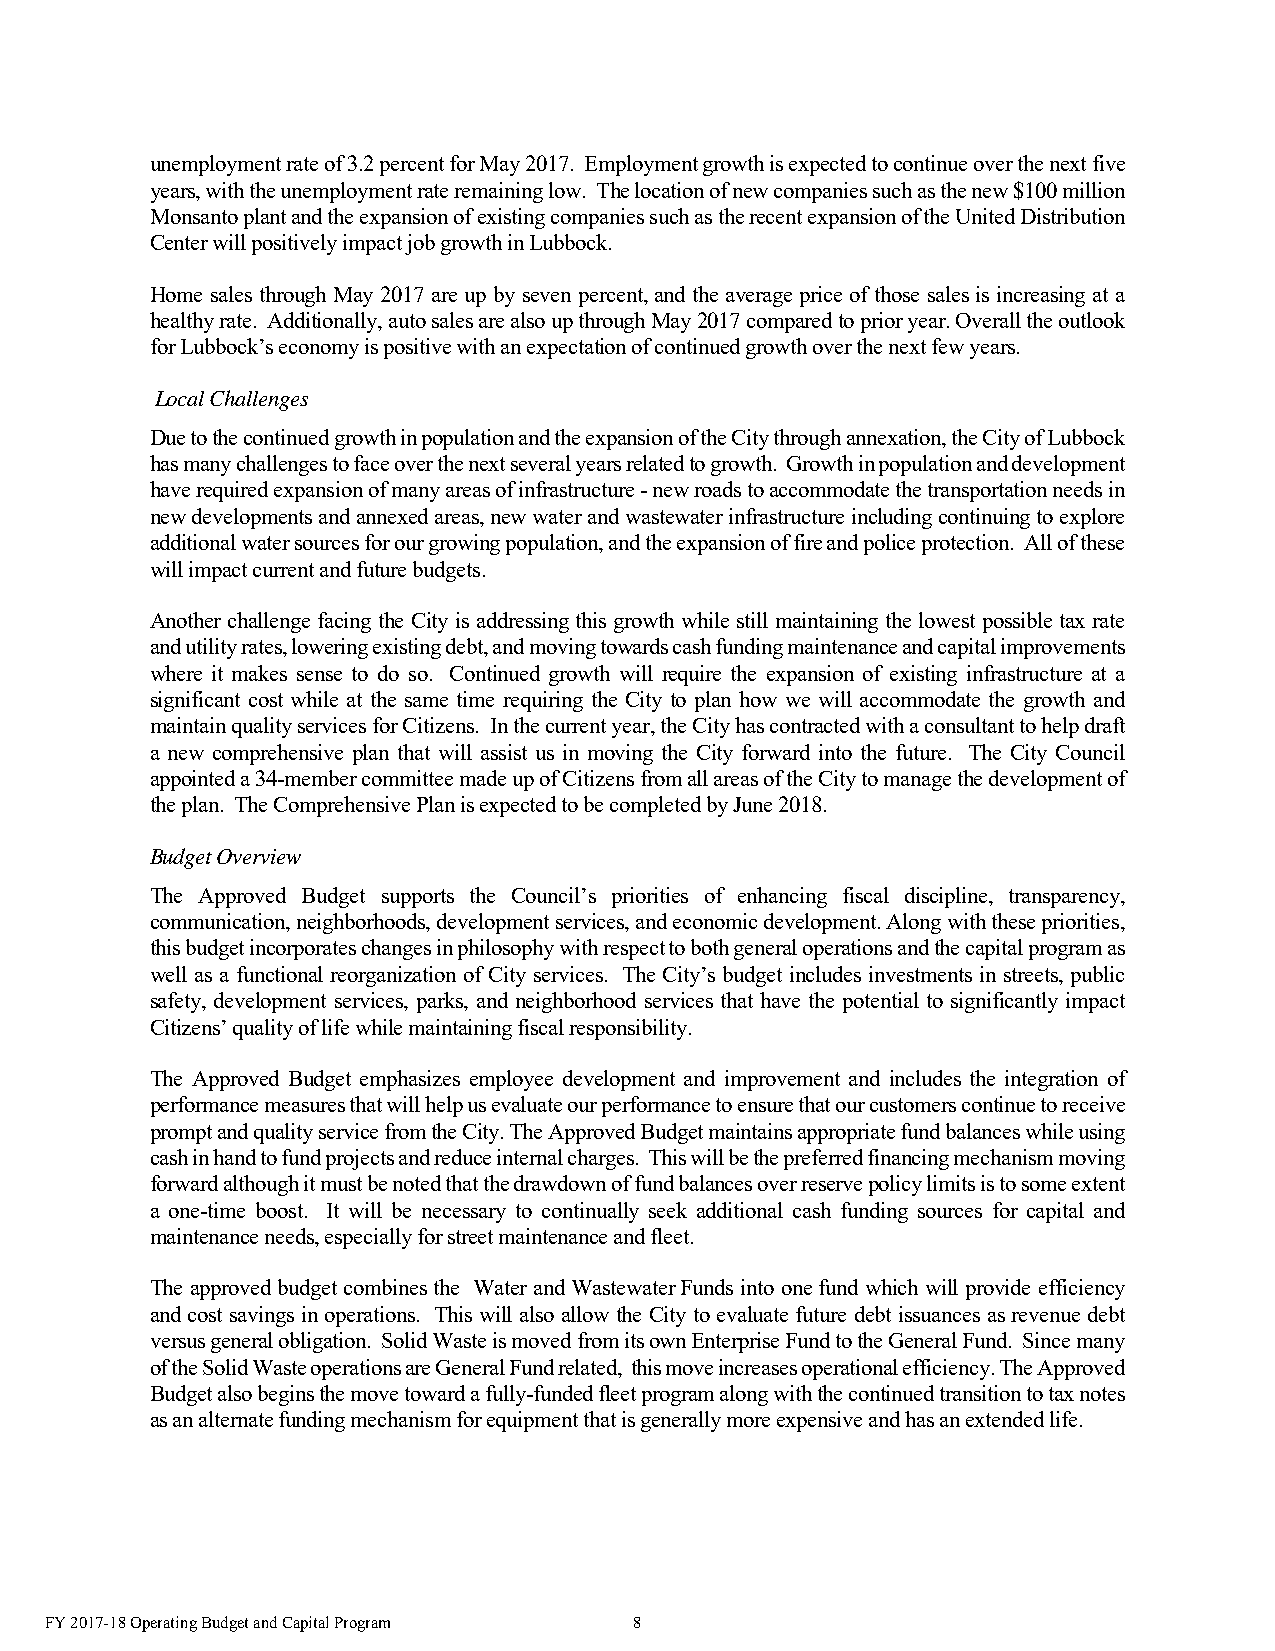
unemployment rate of 3.2 percent for May 2017. Employment growth is expected to continue over the next five
 years, with the unemployment rate remaining low. The location of new companies such as the new $100 million
 Monsanto plant and the expansion of existing companies such as the recent expansion of the United Distribution
 Center will positively impact job growth in Lubbock.
 Home sales through May 2017 are up by seven percent, and the average price of those sales is increasing at a
 healthy rate. Additionally, auto sales are also up through May 2017 compared to prior year. Overall the outlook
 for Lubbock’s economy is positive with an expectation of continued growth over the next few years.
 Local Challenges
 Due to the continued growth in population and the expansion of the City through annexation, the City of Lubbock
 has many challenges to face over the next several years related to growth. Growth in population and development
 have required expansion of many areas of infrastructure - new roads to accommodate the transportation needs in
 new developments and annexed areas, new water and wastewater infrastructure including continuing to explore
 additional water sources for our growing population, and the expansion of fire and police protection. All of these
 will impact current and future budgets.
 Another challenge facing the City is addressing this growth while still maintaining the lowest possible tax rate
 and utility rates, lowering existing debt, and moving towards cash funding maintenance and capital improvements
 where it makes sense to do so. Continued growth will require the expansion of existing infrastructure at a
 significant cost while at the same time requiring the City to plan how we will accommodate the growth and
 maintain quality services for Citizens. In the current year, the City has contracted with a consultant to help draft
 a new comprehensive plan that will assist us in moving the City forward into the future. The City Council
 appointed a 34-member committee made up of Citizens from all areas of the City to manage the development of
 the plan. The Comprehensive Plan is expected to be completed by June 2018.
 Budget Overview
 The Approved Budget supports the Council’s priorities of enhancing fiscal discipline, transparency,
 communication, neighborhoods, development services, and economic development. Along with these priorities,
 this budget incorporates changes in philosophy with respect to both general operations and the capital program as
 well as a functional reorganization of City services. The City’s budget includes investments in streets, public
 safety, development services, parks, and neighborhood services that have the potential to significantly impact
 Citizens’ quality of life while maintaining fiscal responsibility.
 The Approved Budget emphasizes employee development and improvement and includes the integration of
 performance measures that will help us evaluate our performance to ensure that our customers continue to receive
 prompt and quality service from the City. The Approved Budget maintains appropriate fund balances while using
 cash in hand to fund projects and reduce internal charges. This will be the preferred financing mechanism moving
 forward although it must be noted that the drawdown of fund balances over reserve policy limits is to some extent
 a one-time boost. It will be necessary to continually seek additional cash funding sources for capital and
 maintenance needs, especially for street maintenance and fleet.
 The approved budget combines the Water and Wastewater Funds into one fund which will provide efficiency
 and cost savings in operations. This will also allow the City to evaluate future debt issuances as revenue debt
 versus general obligation. Solid Waste is moved from its own Enterprise Fund to the General Fund. Since many
 of the Solid Waste operations are General Fund related, this move increases operational efficiency. The Approved
 Budget also begins the move toward a fully-funded fleet program along with the continued transition to tax notes
 as an alternate funding mechanism for equipment that is generally more expensive and has an extended life.
 FY 2017-18 Operating Budget and Capital Program 8